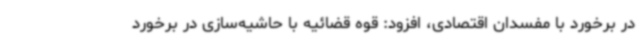
در برخورد با مفسدان اقتصادی، افزود: قوه قضائیه با حاشیه‌سازی در برخورد